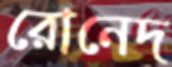
রোনেদ